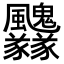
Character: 𩙢